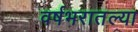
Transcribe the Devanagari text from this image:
वर्षभरातल्या